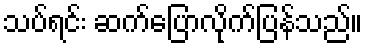
သပ်ရင်း ဆက်ပြောလိုက်ပြန်သည်။